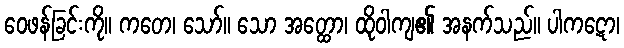
ဝေဖန်ခြင်းကို။ ကတေ၊ သော်။ သော အတ္ထော၊ ထိုဝါကျ၏ အနက်သည်။ ပါကဋော၊